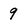
Character: 9